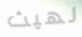
لهيث